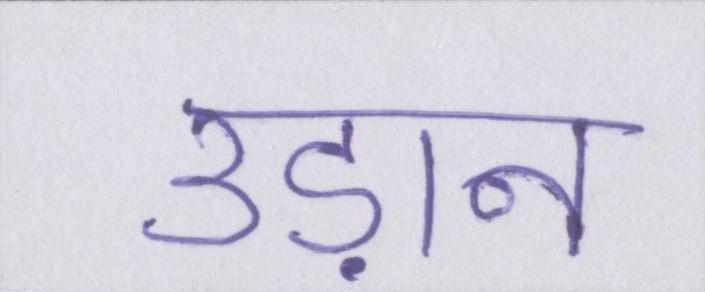
उड़ान